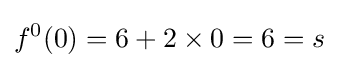
f^{0}(0)=6+2\times 0=6=s